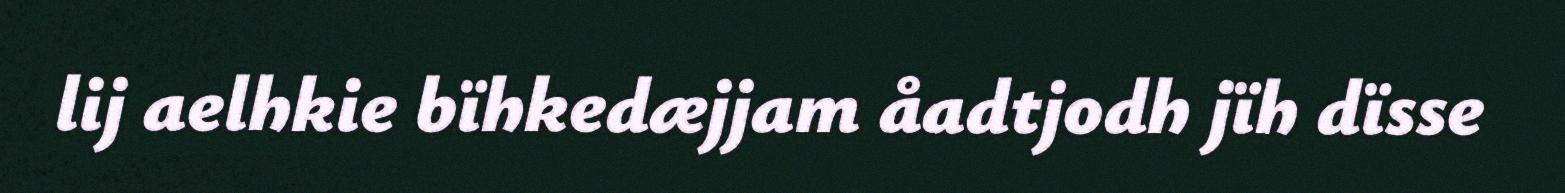
lij aelhkie bïhkedæjjam åadtjodh jïh dïsse